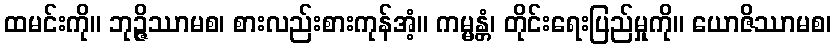
ထမင်းကို။ ဘုဉ္ဇိဿာမစ၊ စားလည်းစားကုန်အံ့။ ကမ္မန္တံ၊ တိုင်းရေးပြည်မှုကို။ ယောဇိဿာမစ၊